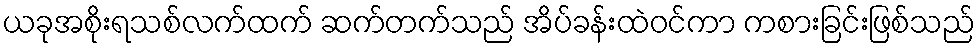
ယခုအစိုးရသစ်လက်ထက် ဆက်တက်သည် အိပ်ခန်းထဲဝင်ကာ ကစားခြင်းဖြစ်သည်